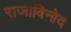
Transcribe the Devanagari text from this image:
राजाविनोद